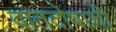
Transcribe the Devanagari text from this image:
वातदोषाशी